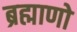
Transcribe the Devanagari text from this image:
ब्रह्माणो